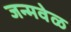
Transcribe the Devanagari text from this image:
जन्मवेळ